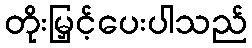
တိုးမြှင့်ပေးပါသည်